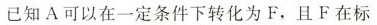
已知A可以在一定条件下转化为F，且F在标